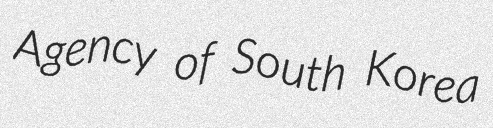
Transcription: Agency of South Korea